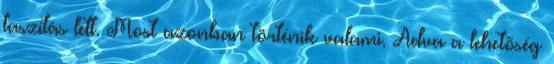
taszítás lett. Most azonban történik valami. Adva a lehetõség